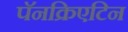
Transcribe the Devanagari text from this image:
पॅनक्रिएटिन